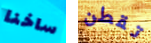
ساخنا تقطن